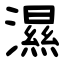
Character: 濕